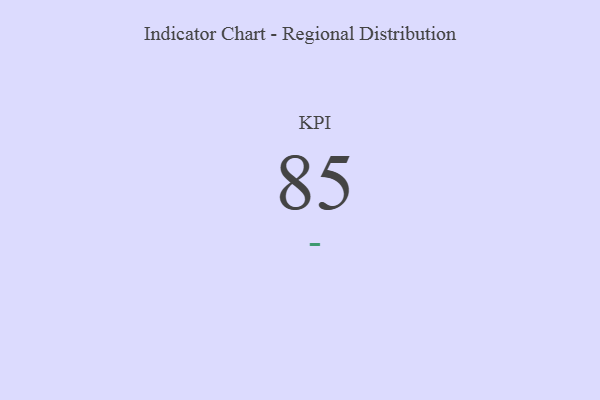
{"axis": {"x": "KPI", "y": "Value"}, "legend": [""], "data": [{"x": "KPI", "y": 85, "type": ""}]}